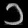
Digit: ၁